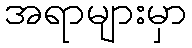
အရာများမှာ